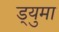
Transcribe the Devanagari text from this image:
ड्युमा